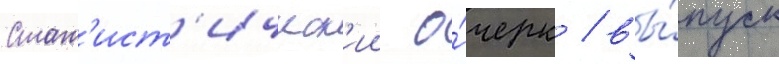
Стат'ист'ическ'ии о́черк / вы́пуск